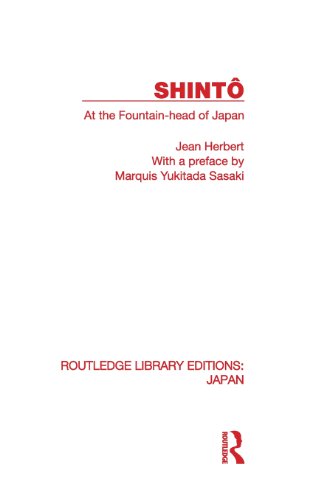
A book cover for Shinto: At the Fountainhead of Japan; Jean Herbert; Religion & Spirituality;